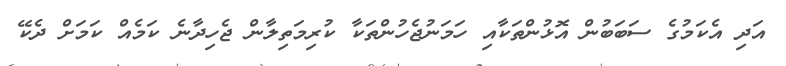
އަދި އެކަމުގެ ސަބަބުން އޮޅުންތަކާއި ހަމަނުޖެހުންތަކާ ކުރިމަތިލާން ޖެހިދާނެ ކަމެއް ކަމަށް ދެކޭ